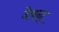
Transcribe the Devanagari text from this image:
देवन्